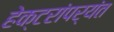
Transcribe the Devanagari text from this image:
हेक्टरांपर्यंत